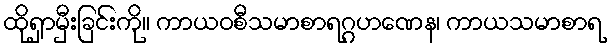
ထိုရှာမှီးခြင်းကို။ ကာယဝစီသမာစာရဂ္ဂဟဏေန၊ ကာယသမာစာရ